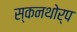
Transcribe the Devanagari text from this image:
स्कनथोर्प